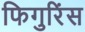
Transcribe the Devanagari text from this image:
फिगुरिंस